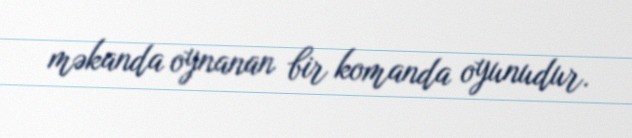
məkanda oynanan bir komanda oyunudur.